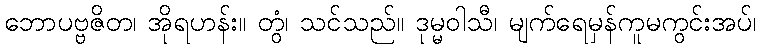
ဘောပဗ္ဗဇိတ၊ အိုရဟန်း။ တွံ၊ သင်သည်။ ဒုမ္မဝါသီ၊ မျက်ရေမှန်ကူမကွင်းအပ်၊